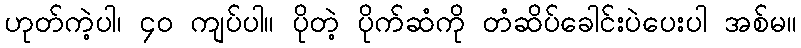
ဟုတ်ကဲ့ပါ၊ ၄၀ ကျပ်ပါ။ ပိုတဲ့ ပိုက်ဆံကို တံဆိပ်ခေါင်းပဲပေးပါ အစ်မ။